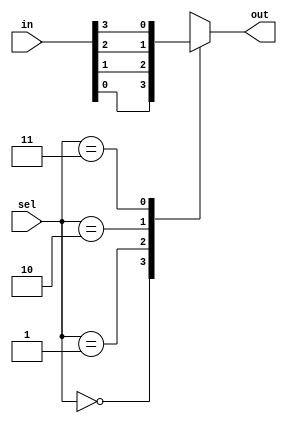
module mux_4_to_1_behavioral(
    input wire [3:0] in,   // 4-bit input
    input wire [1:0] sel,  // 2-bit selection input
    output reg out         // 1-bit output (reg because it's in an always block)
);

// always block triggered on changes to in or sel
always @(*) begin
    case(sel)
        2'b00: out = in[0];
        2'b01: out = in[1];
        2'b10: out = in[2];
        2'b11: out = in[3];
        default: $display("Invalid control signals"); // default case to avoid latches
    endcase
end

endmodule